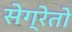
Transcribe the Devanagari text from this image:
सेग्रेतो